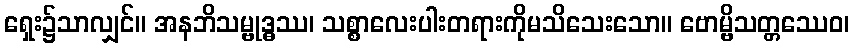
ရှေး၌သာလျှင်။ အနဘိသမ္ဗုဒ္ဓဿ၊ သစ္စာလေးပါးတရားကိုမသိသေးသော။ ဗောမ္ဗိသတ္တဿေဝ၊